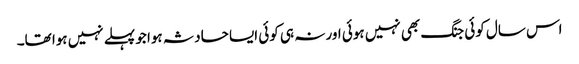
اس سال کوئی جنگ بھی نہیں ہوئی اور نہ ہی کوئی ایسا حادثہ ہوا جو پہلے نہیں ہوا تھا۔